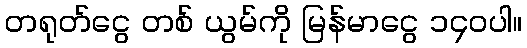
တရုတ်ငွေ တစ် ယွမ်ကို မြန်မာငွေ ၁၄၀ပါ။